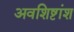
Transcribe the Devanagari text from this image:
अवशिष्टांश